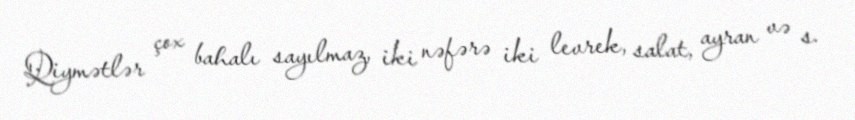
Qiymətlər çox bahalı sayılmaz, iki nəfərə iki levrek, salat, ayran və s.